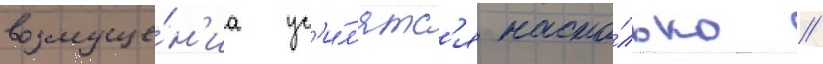
возмуще́н'иа ус'и́л'ятс'я насто́лько /